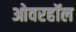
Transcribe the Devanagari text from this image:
ओवरहॉल